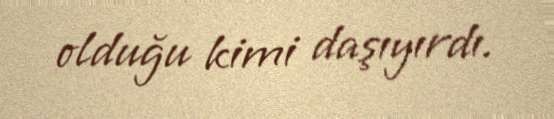
olduğu kimi daşıyırdı.